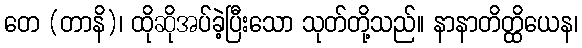
တေ (တာနိ)၊ ထိုဆိုအပ်ခဲ့ပြီးသော သုတ်တို့သည်။ နာနာတိတ္ထိယေန၊